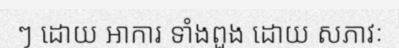
ៗ ដោយ អាការ ទាំងពួង ដោយ សភាវៈ